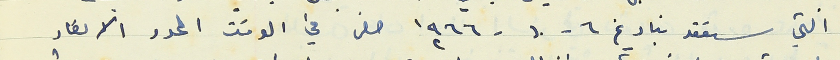
التي ستعقد بتاريخ ٦- ١٠ - ١٩٦٦ حضر في الوقت المحدد الاعضاء